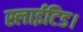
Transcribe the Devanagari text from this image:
स्लाईटिड।